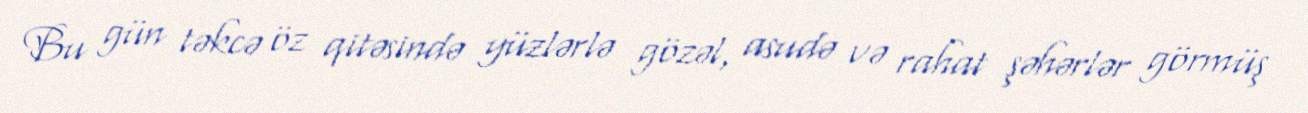
Bu gün təkcə öz qitəsində yüzlərlə gözəl, asudə və rahat şəhərlər görmüş